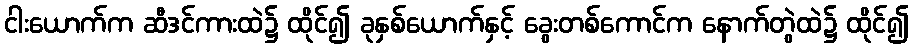
ငါးယောက်က ဆီဒင်ကားထဲ၌ ထိုင်၍ ခုနှစ်ယောက်နှင့် ခွေးတစ်ကောင်က နောက်တွဲထဲ၌ ထိုင်၍